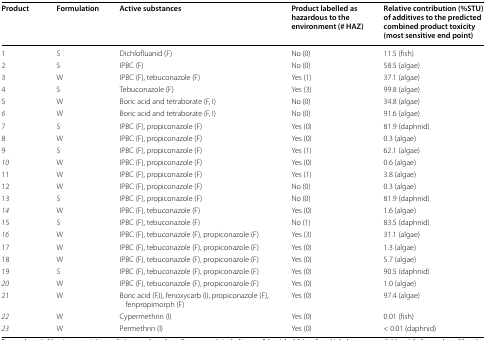
| Product | Formulation | Active substances | Product labelled as hazardous to the environment (# HAZ) | Relative contribution (%STU) of additives to the predicted combined product toxicity (most sensitive end point) |
 | --- | --- | --- | --- | --- |
 | 1 | S | Dichlofluanid (F) | No (0) | 11.5 (fish) |
 | 2 | S | IPBC (F) | No (0) | 58.5 (algae) |
 | 3 | W | IPBC (F), tebuconazole (F) | Yes (1) | 37.1 (algae) |
 | 4 | S | Tebuconazole (F) | Yes (3) | 99.8 (algae) |
 | 5 | W | Boric acid and tetraborate (F, I) | No (0) | 34.8 (algae) |
 | 6 | W | Boric acid and tetraborate (F, I) | No (0) | 91.6 (algae) |
 | 7 | S | IPBC (F), propiconazole (F) | Yes (0) | 81.9 (daphnid) |
 | 8 | W | IPBC (F), propiconazole (F) | Yes (0) | 0.3 (algae) |
 | 9 | S | IPBC (F), propiconazole (F) | Yes (1) | 62.1 (algae) |
 | 10 | W | IPBC (F), propiconazole (F) | Yes (0) | 0.6 (algae) |
 | 11 | W | IPBC (F), propiconazole (F) | Yes (1) | 3.8 (algae) |
 | 12 | W | IPBC (F), propiconazole (F) | No (0) | 0.3 (algae) |
 | 13 | S | IPBC (F), propiconazole (F) | No (0) | 81.9 (daphnid) |
 | 14 | W | IPBC (F), tebuconazole (F) | Yes (0) | 1.6 (algae) |
 | 15 | S | IPBC (F), tebuconazole (F) | No (1) | 83.5 (daphnid) |
 | 16 | W | IPBC (F), tebuconazole (F), propiconazole (F) | Yes (3) | 31.1 (algae) |
 | 17 | W | IPBC (F), tebuconazole (F), propiconazole (F) | Yes (0) | 1.3 (algae) |
 | 18 | W | IPBC (F), tebuconazole (F), propiconazole (F) | Yes (0) | 5.7 (algae) |
 | 19 | S | IPBC (F), tebuconazole (F), propiconazole (F) | Yes (0) | 90.5 (daphnid) |
 | 20 | W | IPBC (F), tebuconazole (F), propiconazole (F) | Yes (0) | 1.0 (algae) |
 | 21 | W | Boric acid (F,I), fenoxycarb (I), propiconazole (F), fenpropimorph (F) | Yes (0) | 97.4 (algae) |
 | 22 | W | Cypermethrin (I) | Yes (0) | 0.01 (fish) |
 | 23 | W | Permethrin (I) | Yes (0) | < 0.01 (daphnid) |